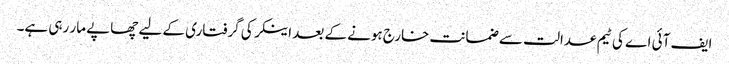
ایف آئی اے کی ٹیم عدالت سے ضمانت خارج ہونے کے بعد اینکر کی گرفتاری کے لیے چھاپے مار رہی ہے۔